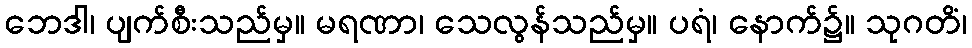
ဘေဒါ၊ ပျက်စီးသည်မှ။ မရဏာ၊ သေလွန်သည်မှ။ ပရံ၊ နောက်၌။ သုဂတိံ၊